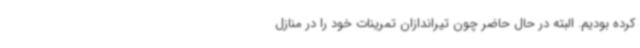
کرده بودیم. البته در حال حاضر چون تیراندازان تمرینات خود را در منازل